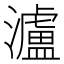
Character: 瀘